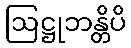
ဩဋ္ဌုဘန္တိပိ